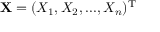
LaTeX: \mathbf { X } = ( X _ { 1 } , X _ { 2 } , . . . , X _ { n } ) ^ { \mathrm { T } }